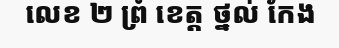
លេខ ២ ព្រំ ខេត្ត ថ្នល់ កែង